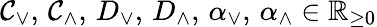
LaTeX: \mathcal{C}_{\vee},\, \mathcal{C}_{\wedge},\, D_{\vee},\, D_{\wedge},\, \alpha_{\vee},\, \alpha_{\wedge}\in\mathbb{{R}}_{\ge0}